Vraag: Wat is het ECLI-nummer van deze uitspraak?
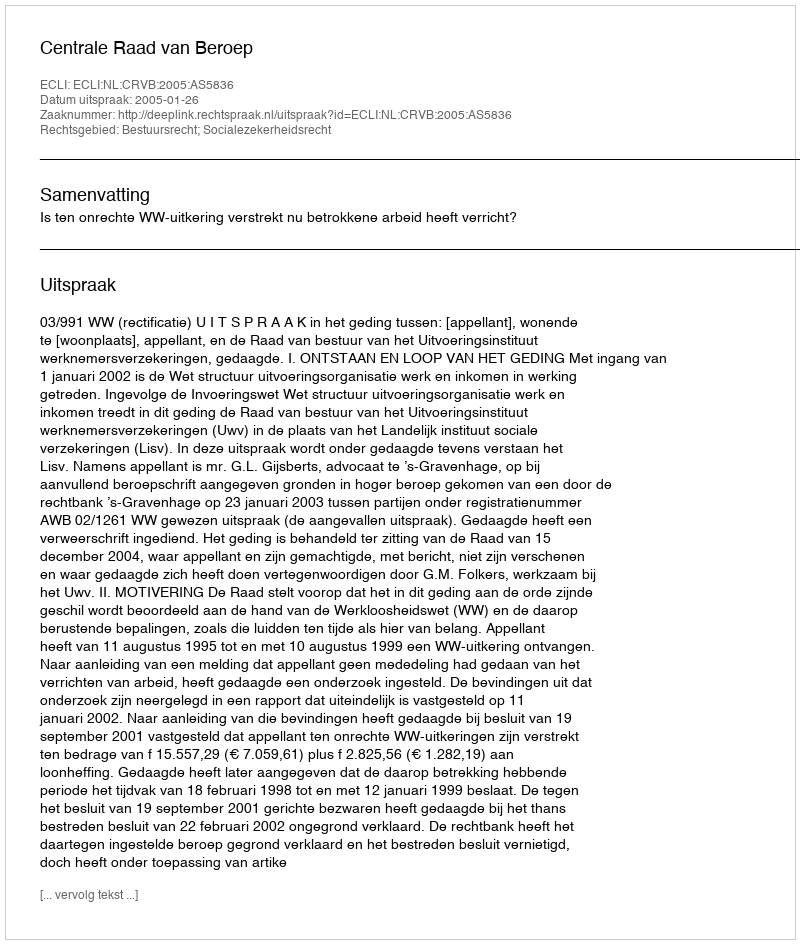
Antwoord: ECLI:NL:CRVB:2005:AS5836